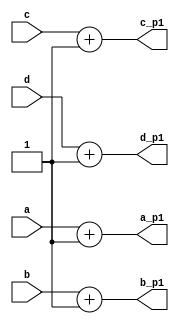
module t_chg_a (
   a_p1, b_p1, c_p1, d_p1,
   a, b, c, d
   );
   input [31:0] a;   output [31:0] a_p1;  wire [31:0] a_p1 = a + 1;
   input [31:0] b;   output [31:0] b_p1;  wire [31:0] b_p1 = b + 1;
   input [31:0] c;   output [31:0] c_p1;  wire [31:0] c_p1 = c + 1;
   input [31:0] d;   output [31:0] d_p1;  wire [31:0] d_p1 = d + 1;
endmodule